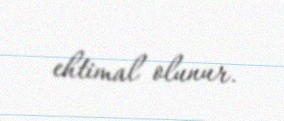
ehtimal olunur.